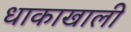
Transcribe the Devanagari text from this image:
धाकाखाली